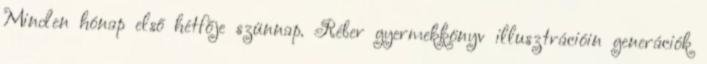
Minden hónap első hétfője szünnap. Réber gyermekkönyv illusztrációin generációk